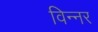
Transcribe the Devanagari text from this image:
विन्नर